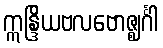
ဣန္ဒြိယဗလဗောဇ္ဈင်္ဂါ